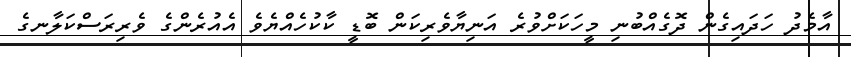
އާމެދު ހަދައިގެން ދޮގެއްބުނި މީހަކަށްވުރެ އަނިޔާވެރިކަން ބޮޑީ ކާކުހެއްޔެވެ އެއުރެންގެ ވެރިރަސްކަލާނގެ